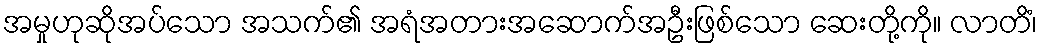
အမှုဟုဆိုအပ်သော အသက်၏ အရံအတားအဆောက်အဦးဖြစ်သော ဆေးတို့ကို။ လာတိံ၊